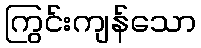
ကြွင်းကျန်သော